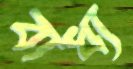
বাধ্য